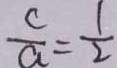
\frac { c } { a } = \frac { 1 } { 2 }